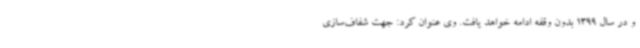
و در سال 1399 بدون وقفه ادامه خواهد یافت. وی عنوان کرد: جهت شفاف‌سازی